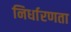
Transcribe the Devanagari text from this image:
निर्धारणता